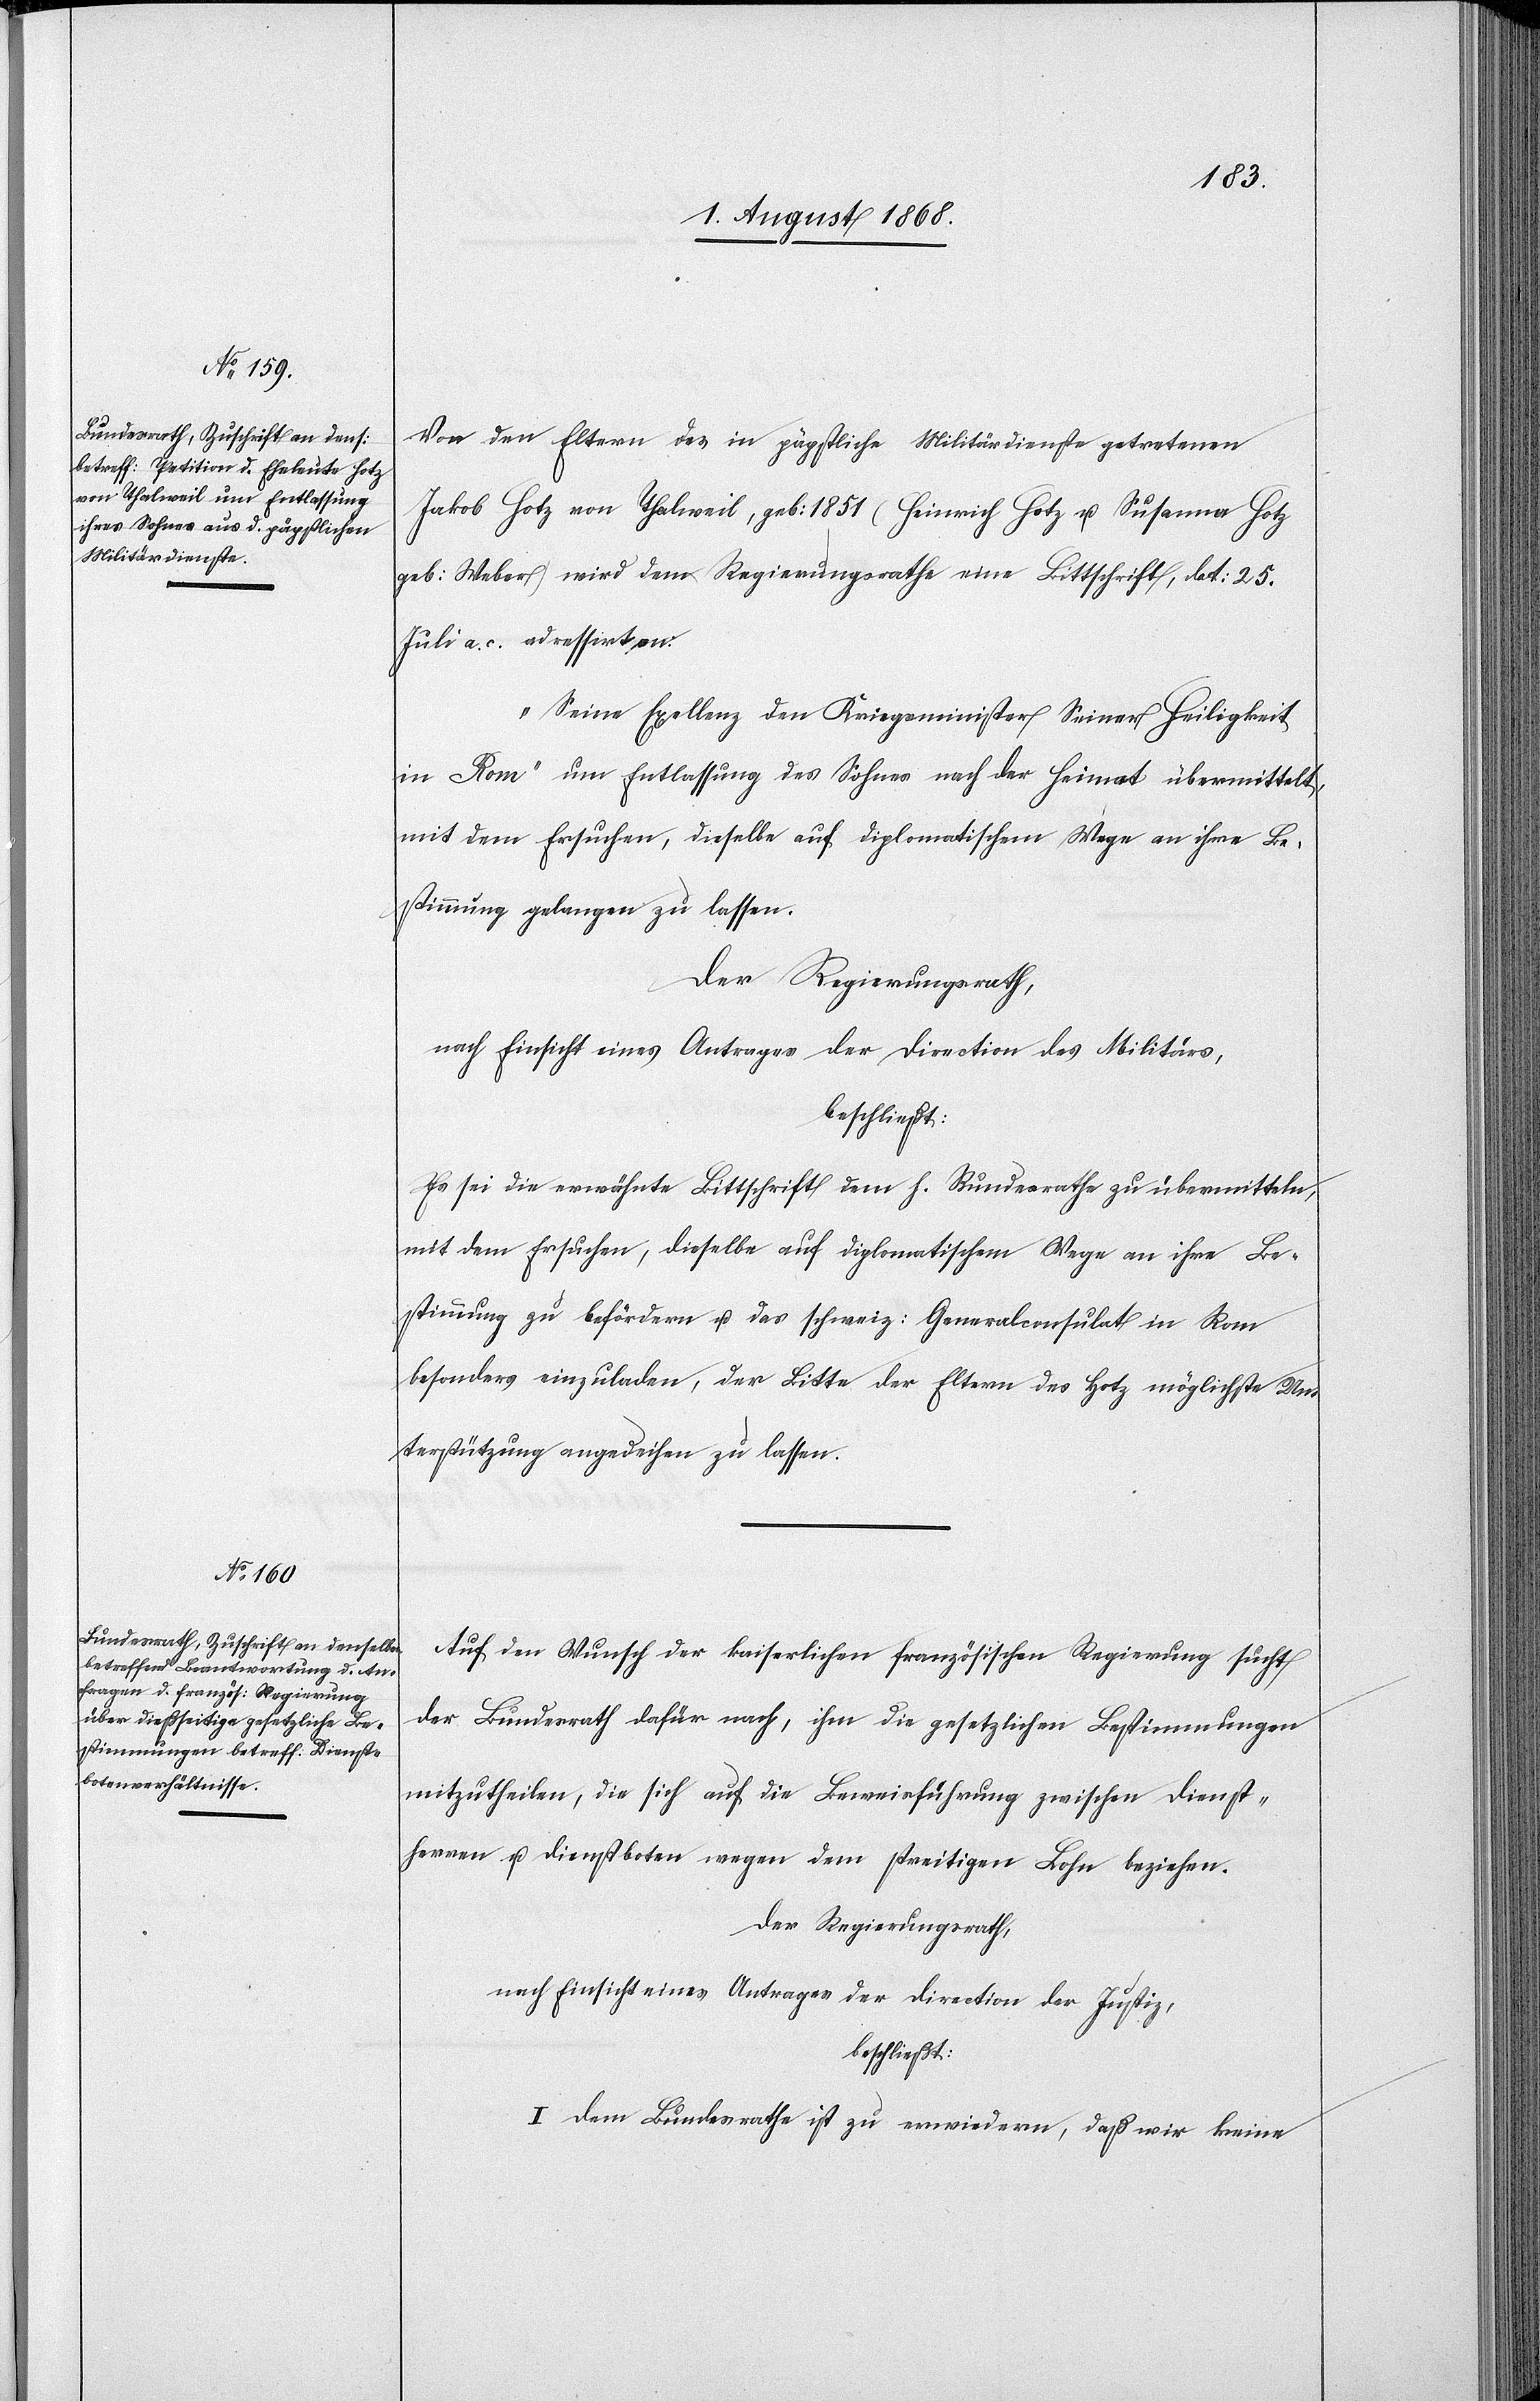
Von den Eltern des in päpstliche Militärdienste getretenen
Jakob Hotz von Thalweil, geb: 1851 (Heinrich Hotz u. Susanna Hotz
geb: Weber) wird dem Regierungsrathe eine Bittschrift, dat: 25.
Juli a. c. adressirt an:
„Seine Ex[c]ellenz den Kriegsminister Seiner Heiligkeit
in Rom“ um Entlassung des Sohnes nach der Heimat übermittelt,
mit dem Ersuchen, dieselbe auf diplomatischem Wege an ihre Be¬
stimmung gelangen zu lassen.
Der Regierungsrath,
nach Einsicht eines Antrages der Direction des Militärs,
beschließt:
Es sei die erwähnte Bittschrift dem h. Bundesrathe zu übermitteln,
mit dem Ersuchen, dieselbe auf diplomatischem Wege an ihre Be¬
stimmung zu befördern u. das schweiz: Generalconsulat in Rom
besonders einzuladen, der Bitte der Eltern des Hotz möglichste Un¬
terstützung angedeihen zu lassen.
Auf den Wunsch der kaiserlichen französischen Regierung sucht
der Bundesrath dafür nach, ihm die gesetzlichen Bestimmungen
mitzutheilen, die sich auf die Beweisführung zwischen Dienst¬
herren u. Dienstboten wegen dem streitigen Lohn beziehen.
Der Regierungsrath,
nach Einsicht eines Antrages der Direction der Justiz,
beschließt:
I. Dem Bundesrathe ist zu erwiedern, daß wir keine